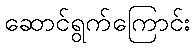
ဆောင်ရွက်ကြောင်း